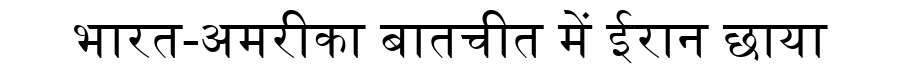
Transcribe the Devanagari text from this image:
भारत-अमरीका बातचीत में ईरान छाया